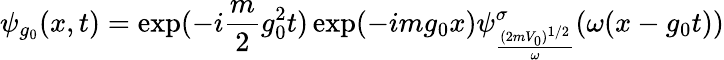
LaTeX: \psi_{g_{0}}(x,t)=\exp(-i\frac{m}{2}g_{0}^{2}t)\exp(-img_{0}x)\psi_{\frac{(2mV_{0})^{1/2}}{\omega}}^{\sigma}(\omega(x-g_{0}t))